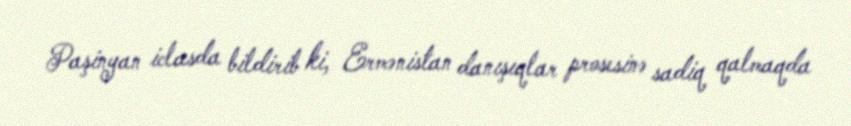
Paşinyan iclasda bildirib ki, Ermənistan danışıqlar prosesinə sadiq qalmaqda